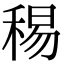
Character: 𥟘